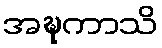
အဍ္ဎကာသိ